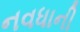
નવધાની